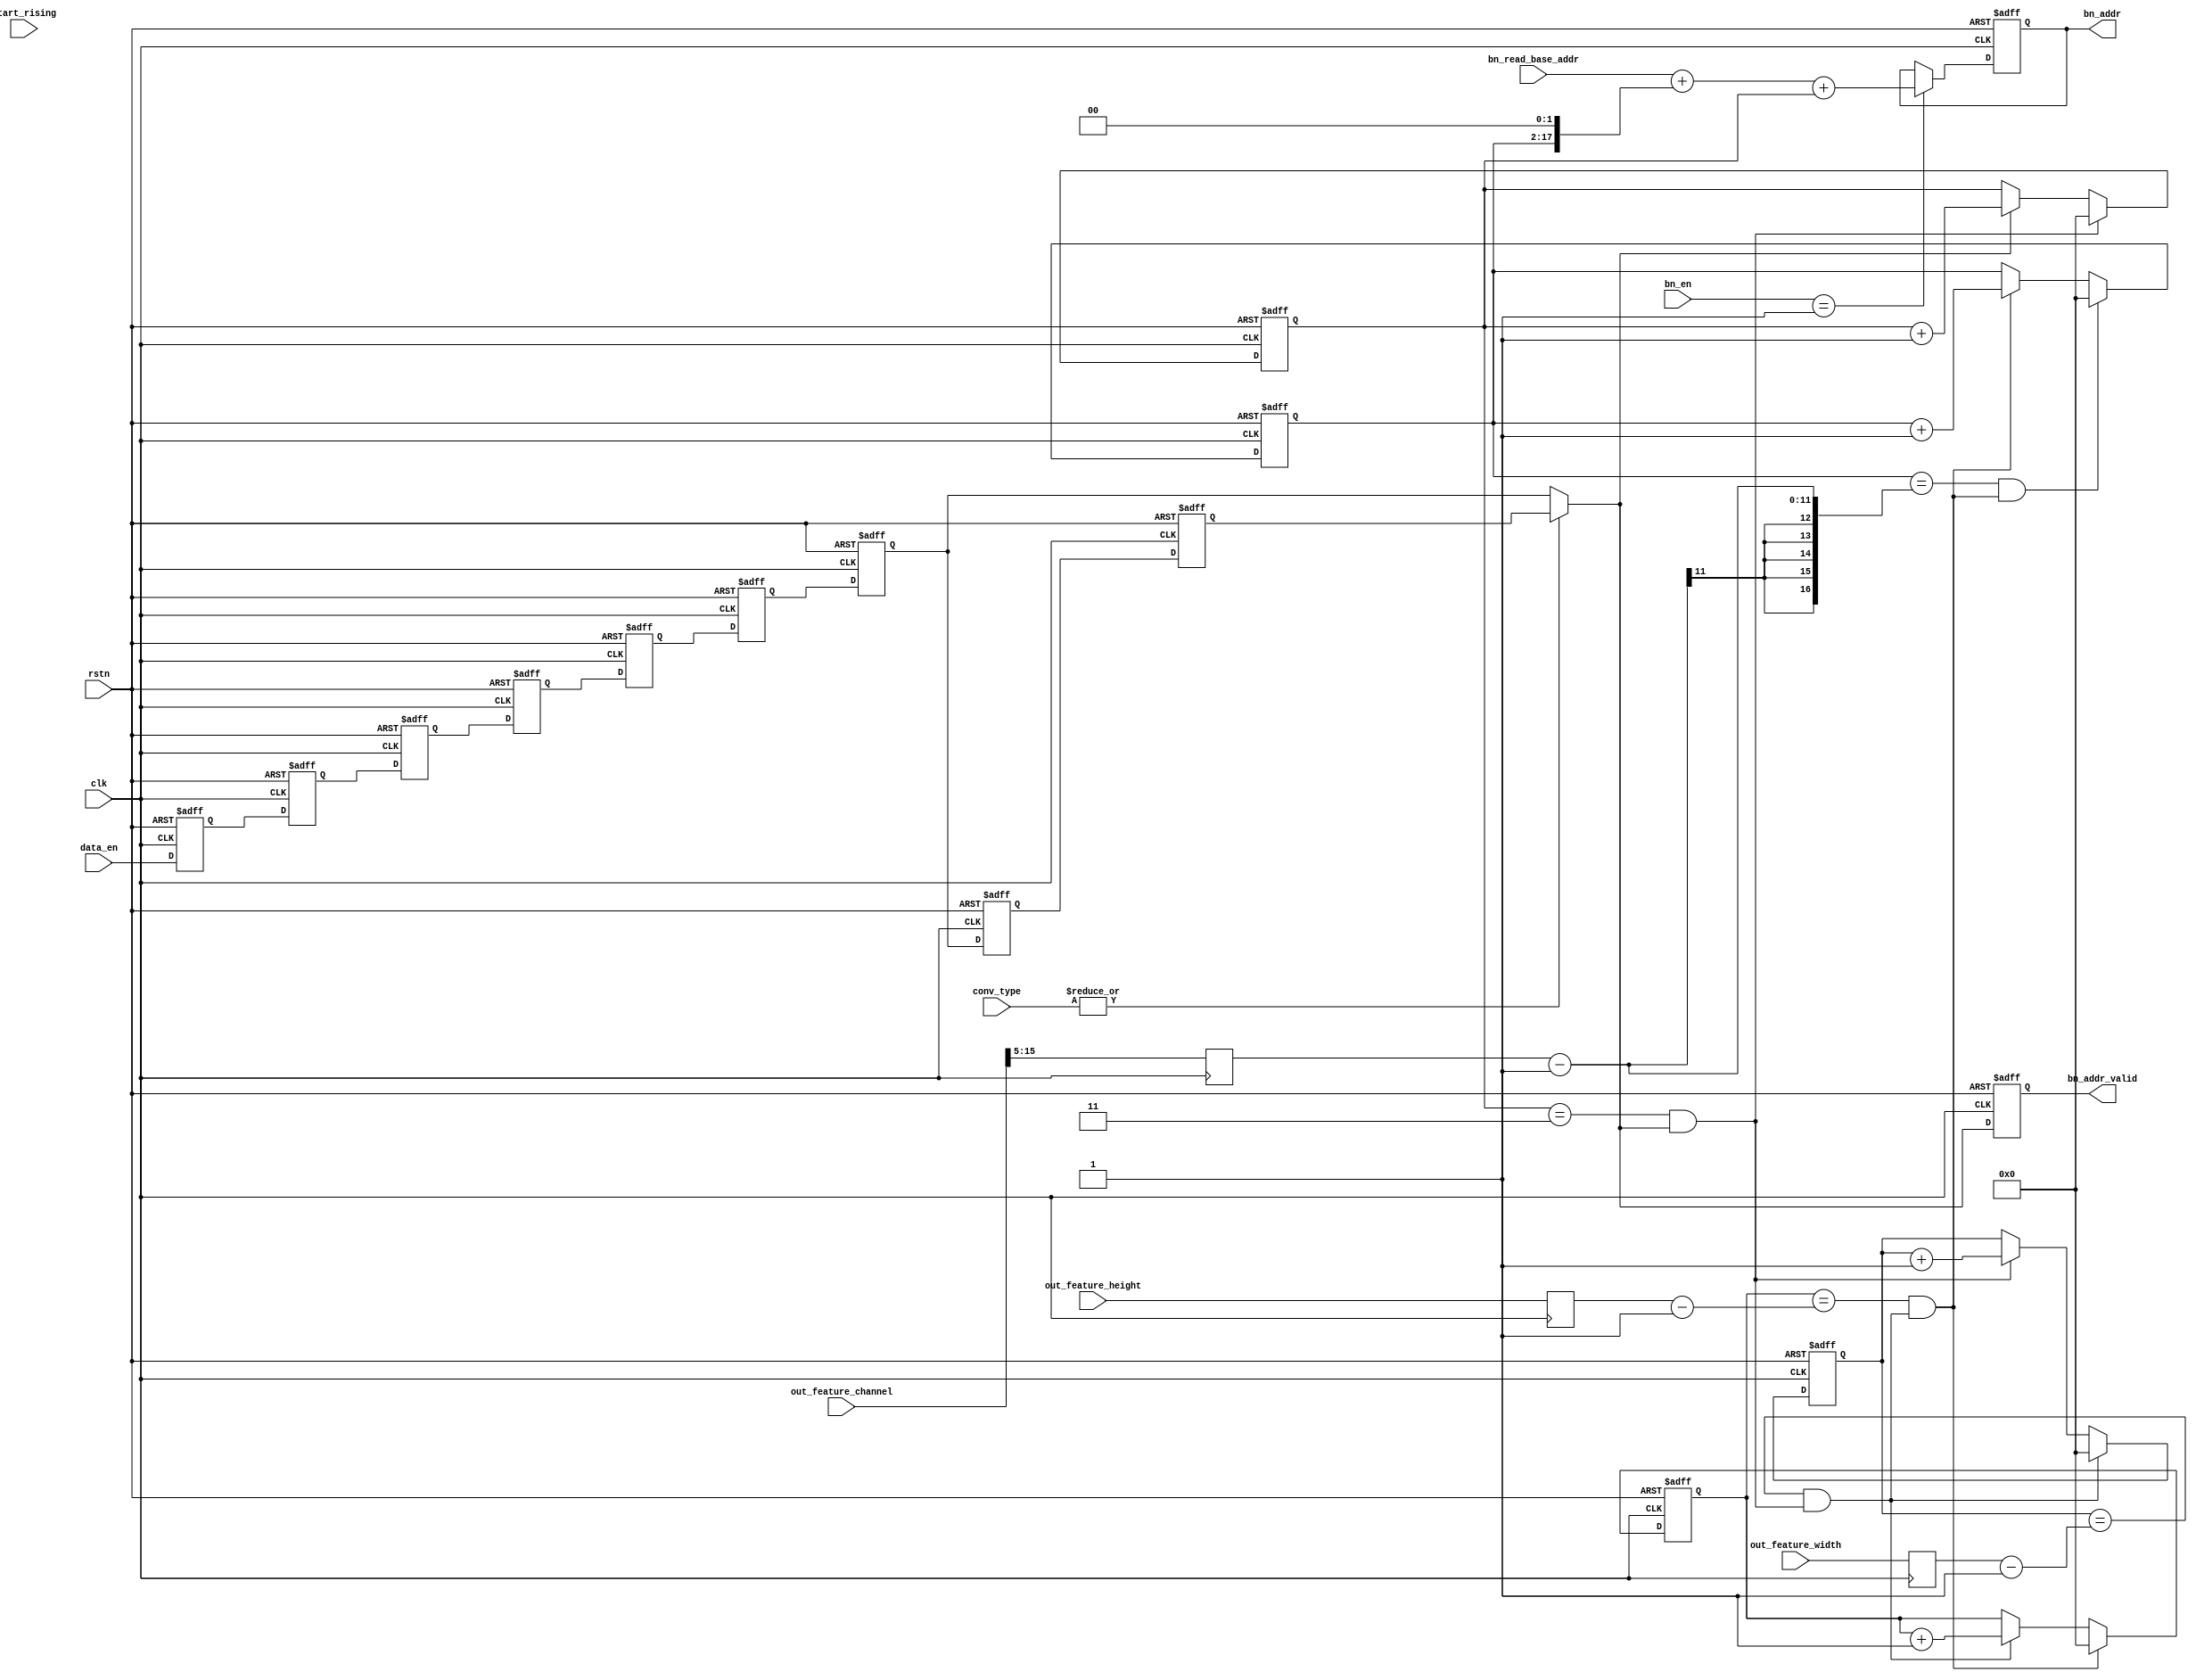
// Generated by stratus_hls 19.10-p100  (91500.011111)
// Tue Jan 26 20:43:32 2021
// from bn_addr_gen.cpp

`timescale 1ps / 1ps

      
module bn_addr_gen(clk, rstn, out_feature_width, out_feature_height, out_feature_channel, bn_read_base_addr, conv_type, bn_en, start_rising, data_en, bn_addr, bn_addr_valid);

      input clk;
      input rstn;
      input [15:0] out_feature_width;
      input [15:0] out_feature_height;
      input [15:0] out_feature_channel;
      input [31:0] bn_read_base_addr;
      input [7:0] conv_type;
      input [7:0] bn_en;
      input start_rising;
      input data_en;
      output [31:0] bn_addr;
      reg [31:0] bn_addr;
      output bn_addr_valid;
      reg bn_addr_valid;
      reg data_en_5d;
      reg data_en_4d;
      reg data_en_3d;
      reg data_en_2d;
      reg data_en_1d;
      reg data_en_8d;
      reg data_en_6d;
      reg data_en_7d;
      reg data_en_9d;
      wire bn_addr_gen_Eqi3u16_1_4_out1;
      wire bn_addr_gen_OrReduction_8U_1U_1_3_out1;
      reg[15:0] bn_addr_gen_MuxAdd2i1u16u16u1_4_7_out1;
      reg[15:0] bn_addr_gen_Muxi0u16u1_4_8_out1;
      wire bn_addr_gen_EqSubi1u16u16_1_9_out1;
      reg[15:0] bn_addr_gen_MuxAdd2i1u16u16u1_4_11_out1;
      wire bn_addr_gen_And_1Ux1U_1U_1_5_out1;
      reg[15:0] bn_addr_gen_Muxi0u16u1_4_12_out1;
      reg[15:0] ox_cnt;
      wire bn_addr_gen_EqSubi1u16u16_1_13_out1;
      reg[15:0] bn_addr_gen_MuxAdd2i1u16u16u1_1_15_out1;
      wire bn_addr_gen_And_1Ux1U_1U_1_10_out1;
      reg[15:0] bn_addr_gen_Muxi0u16u1_4_16_out1;
      reg[15:0] oy_cnt;
      wire bn_addr_gen_EqSubi1u16u16_1_17_out1;
      wire bn_addr_gen_And_1Ux1U_1U_1_18_out1;
      reg[15:0] bn_addr_gen_MuxAdd2i1u16u16u1_1_19_out1;
      wire bn_addr_gen_And_1Ux1U_1U_1_14_out1;
      reg[15:0] bn_addr_gen_Muxi0u16u1_4_20_out1;
      reg[10:0] of_cnt_max_slice;
      reg[15:0] oy_cnt_max;
      reg[15:0] ox_cnt_max;
      reg[15:0] valid_cnt;
      reg[15:0] of_cnt;
      wire bn_addr_gen_Equal_8Ux1U_1U_4_1_out1;
      reg[31:0] bn_addr_gen_MuxAdd3u16Cati0u16u32u32u1_1_2_out1;
      reg bn_addr_gen_N_Mux_1_2_7_1_6_out1;

         // rtl_process:bn_addr_gen/drive_bn_addr_valid
         // Sharing or Control mux
         // Sharing/Controlling 2 operation(s) on drive_bn_addr_valid
         // at: bn_addr_gen.h:196:7
         // at: bn_addr_gen.h:203:7
         always @(posedge clk or negedge rstn)
          begin :drive_bn_addr_valid
            if (rstn == 1'b0) begin
               // op:_bn_addr_valid/OP41
               bn_addr_valid <= 1'd0;
            end
            else begin
               // op:_bn_addr_valid/OP43
               bn_addr_valid <= bn_addr_gen_N_Mux_1_2_7_1_6_out1;
            end
         end

         // rtl_process:bn_addr_gen/drive_bn_addr
         // Sharing or Control mux
         // Sharing/Controlling 3 operation(s) on drive_bn_addr
         // at: bn_addr_gen.h:189:7
         // at: bn_addr_gen.h:191:7
         always @(posedge clk or negedge rstn)
          begin :drive_bn_addr
            if (rstn == 1'b0) begin
               // op:_bn_add/OP0
               bn_addr <= 32'd0000000000;
            end
            else begin
               // op:_bn_add/OP9
               bn_addr <= bn_addr_gen_MuxAdd3u16Cati0u16u32u32u1_1_2_out1;
            end
         end

         // rtl_instance:bn_addr_gen/bn_addr_gen_Equal_8Ux1U_1U_4_1
         // Resource=bn_addr_gen_Equal_8Ux1U_1U_4, Function=eq : Inputs=8,1 Outputs=1
         // Implements 1 operation(s)
         // at: bn_addr_gen.h:190:14
         assign bn_addr_gen_Equal_8Ux1U_1U_4_1_out1 = bn_en == 8'd001;

         // rtl_instance:bn_addr_gen/bn_addr_gen_MuxAdd3u16Cati0u16u32u32u1_1
         always @(bn_addr or bn_read_base_addr or valid_cnt or of_cnt or bn_addr_gen_Equal_8Ux1U_1U_4_1_out1)
          begin :bn_addr_gen_MuxAdd3u16Cati0u16u32u32u1_1_2
            if (bn_addr_gen_Equal_8Ux1U_1U_4_1_out1) begin
               bn_addr_gen_MuxAdd3u16Cati0u16u32u32u1_1_2_out1 = bn_read_base_addr + {{14'b00000000000000, of_cnt}, 2'd0} + {16'b0000000000000000, valid_cnt};
            end
            else begin
               bn_addr_gen_MuxAdd3u16Cati0u16u32u32u1_1_2_out1 = bn_addr;
            end
         end

         // rtl_process:bn_addr_gen/drive_ox_cnt_max
         // Sharing or Control mux
         // Sharing/Controlling 2 operation(s) on drive_ox_cnt_max
         // at: bn_addr_gen.h:181:5
         // at: bn_addr_gen.h:140:56
         always @(posedge clk)
          begin :drive_ox_cnt_max
            // op:_set_max_num/OP22
            ox_cnt_max <= out_feature_width;
         end

         // rtl_process:bn_addr_gen/drive_oy_cnt_max
         // Sharing or Control mux
         // Sharing/Controlling 2 operation(s) on drive_oy_cnt_max
         // at: bn_addr_gen.h:182:5
         // at: bn_addr_gen.h:154:56
         always @(posedge clk)
          begin :drive_oy_cnt_max
            // op:_set_max_num/OP21
            oy_cnt_max <= out_feature_height;
         end

         // rtl_process:bn_addr_gen/drive_of_cnt_max_slice
         // Sharing or Control mux
         // Sharing/Controlling 2 operation(s) on drive_of_cnt_max_slice
         // at: bn_addr_gen.h:184:5
         // at: bn_addr_gen.h:168:56
         always @(posedge clk)
          begin :drive_of_cnt_max_slice
            // op:_set_max_num/OP20
            of_cnt_max_slice <= out_feature_channel[15:5];
         end

         // rtl_process:bn_addr_gen/drive_of_cnt
         // Sharing or Control mux
         // Sharing/Controlling 3 operation(s) on drive_of_cnt
         // at: bn_addr_gen.h:177:7
         // at: bn_addr_gen.h:173:7
         always @(posedge clk or negedge rstn)
          begin :drive_of_cnt
            if (rstn == 1'b0) begin
               // op:_of_counter/OP119
               of_cnt <= 16'd00000;
            end
            else begin
               // op:_of_counter/OP126
               of_cnt <= bn_addr_gen_Muxi0u16u1_4_20_out1;
            end
         end

         // rtl_instance:bn_addr_gen/bn_addr_gen_MuxAdd2i1u16u16u1_1
         always @(of_cnt or bn_addr_gen_And_1Ux1U_1U_1_14_out1)
          begin :bn_addr_gen_MuxAdd2i1u16u16u1_1_19
            if (bn_addr_gen_And_1Ux1U_1U_1_14_out1) begin
               bn_addr_gen_MuxAdd2i1u16u16u1_1_19_out1 = of_cnt + 16'd00001;
            end
            else begin
               bn_addr_gen_MuxAdd2i1u16u16u1_1_19_out1 = of_cnt;
            end
         end

         // rtl_instance:bn_addr_gen/bn_addr_gen_Muxi0u16u1_4
         always @(bn_addr_gen_And_1Ux1U_1U_1_18_out1 or bn_addr_gen_MuxAdd2i1u16u16u1_1_19_out1)
          begin :bn_addr_gen_Muxi0u16u1_4_20
            if (bn_addr_gen_And_1Ux1U_1U_1_18_out1) begin
               bn_addr_gen_Muxi0u16u1_4_20_out1 = 16'd00000;
            end
            else begin
               bn_addr_gen_Muxi0u16u1_4_20_out1 = bn_addr_gen_MuxAdd2i1u16u16u1_1_19_out1;
            end
         end

         // rtl_instance:bn_addr_gen/bn_addr_gen_EqSubi1u16u16_1_17
         // Resource=bn_addr_gen_EqSubi1u16u16_1, Function=sub eq : Inputs=16,16 Outputs=1
         // Implements 1 operation(s)
         // at: bn_addr_gen.h:168:53
         assign bn_addr_gen_EqSubi1u16u16_1_17_out1 = {1'b0, of_cnt} == {6'd00, of_cnt_max_slice} - 17'd000001;

         // rtl_instance:bn_addr_gen/bn_addr_gen_And_1Ux1U_1U_1_18
         // Resource=bn_addr_gen_And_1Ux1U_1U_1, Function=and : Inputs=1,1 Outputs=1
         // Implements 1 operation(s)
         // at: bn_addr_gen.h:168:35
         assign bn_addr_gen_And_1Ux1U_1U_1_18_out1 = bn_addr_gen_EqSubi1u16u16_1_17_out1 & bn_addr_gen_And_1Ux1U_1U_1_14_out1;

         // rtl_process:bn_addr_gen/drive_oy_cnt
         // Sharing or Control mux
         // Sharing/Controlling 4 operation(s) on drive_oy_cnt
         // at: bn_addr_gen.h:154:39
         // at: bn_addr_gen.h:159:7
         // at: bn_addr_gen.h:163:7
         always @(posedge clk or negedge rstn)
          begin :drive_oy_cnt
            if (rstn == 1'b0) begin
               // op:_oy_counter/OP94
               oy_cnt <= 16'd00000;
            end
            else begin
               // op:_oy_counter/OP101
               oy_cnt <= bn_addr_gen_Muxi0u16u1_4_16_out1;
            end
         end

         // rtl_instance:bn_addr_gen/bn_addr_gen_MuxAdd2i1u16u16u1_1
         always @(oy_cnt or bn_addr_gen_And_1Ux1U_1U_1_10_out1)
          begin :bn_addr_gen_MuxAdd2i1u16u16u1_1_15
            if (bn_addr_gen_And_1Ux1U_1U_1_10_out1) begin
               bn_addr_gen_MuxAdd2i1u16u16u1_1_15_out1 = oy_cnt + 16'd00001;
            end
            else begin
               bn_addr_gen_MuxAdd2i1u16u16u1_1_15_out1 = oy_cnt;
            end
         end

         // rtl_instance:bn_addr_gen/bn_addr_gen_Muxi0u16u1_4
         always @(bn_addr_gen_And_1Ux1U_1U_1_14_out1 or bn_addr_gen_MuxAdd2i1u16u16u1_1_15_out1)
          begin :bn_addr_gen_Muxi0u16u1_4_16
            if (bn_addr_gen_And_1Ux1U_1U_1_14_out1) begin
               bn_addr_gen_Muxi0u16u1_4_16_out1 = 16'd00000;
            end
            else begin
               bn_addr_gen_Muxi0u16u1_4_16_out1 = bn_addr_gen_MuxAdd2i1u16u16u1_1_15_out1;
            end
         end

         // rtl_instance:bn_addr_gen/bn_addr_gen_EqSubi1u16u16_1_13
         // Resource=bn_addr_gen_EqSubi1u16u16_1, Function=sub eq : Inputs=16,16 Outputs=1
         // Implements 1 operation(s)
         // at: bn_addr_gen.h:154:53
         assign bn_addr_gen_EqSubi1u16u16_1_13_out1 = {1'b0, oy_cnt} == {1'b0, oy_cnt_max} - 17'd000001;

         // rtl_instance:bn_addr_gen/bn_addr_gen_And_1Ux1U_1U_1_14
         // Resource=bn_addr_gen_And_1Ux1U_1U_1, Function=and : Inputs=1,1 Outputs=1
         // Implements 1 operation(s)
         // at: bn_addr_gen.h:154:35
         assign bn_addr_gen_And_1Ux1U_1U_1_14_out1 = bn_addr_gen_EqSubi1u16u16_1_13_out1 & bn_addr_gen_And_1Ux1U_1U_1_10_out1;

         // rtl_process:bn_addr_gen/drive_ox_cnt
         // Sharing or Control mux
         // Sharing/Controlling 4 operation(s) on drive_ox_cnt
         // at: bn_addr_gen.h:140:39
         // at: bn_addr_gen.h:145:7
         // at: bn_addr_gen.h:149:7
         always @(posedge clk or negedge rstn)
          begin :drive_ox_cnt
            if (rstn == 1'b0) begin
               // op:_ox_counter/OP69
               ox_cnt <= 16'd00000;
            end
            else begin
               // op:_ox_counter/OP76
               ox_cnt <= bn_addr_gen_Muxi0u16u1_4_12_out1;
            end
         end

         // rtl_instance:bn_addr_gen/bn_addr_gen_MuxAdd2i1u16u16u1_4
         always @(ox_cnt or bn_addr_gen_And_1Ux1U_1U_1_5_out1)
          begin :bn_addr_gen_MuxAdd2i1u16u16u1_4_11
            if (bn_addr_gen_And_1Ux1U_1U_1_5_out1) begin
               bn_addr_gen_MuxAdd2i1u16u16u1_4_11_out1 = ox_cnt + 16'd00001;
            end
            else begin
               bn_addr_gen_MuxAdd2i1u16u16u1_4_11_out1 = ox_cnt;
            end
         end

         // rtl_instance:bn_addr_gen/bn_addr_gen_Muxi0u16u1_4
         always @(bn_addr_gen_And_1Ux1U_1U_1_10_out1 or bn_addr_gen_MuxAdd2i1u16u16u1_4_11_out1)
          begin :bn_addr_gen_Muxi0u16u1_4_12
            if (bn_addr_gen_And_1Ux1U_1U_1_10_out1) begin
               bn_addr_gen_Muxi0u16u1_4_12_out1 = 16'd00000;
            end
            else begin
               bn_addr_gen_Muxi0u16u1_4_12_out1 = bn_addr_gen_MuxAdd2i1u16u16u1_4_11_out1;
            end
         end

         // rtl_instance:bn_addr_gen/bn_addr_gen_EqSubi1u16u16_1_9
         // Resource=bn_addr_gen_EqSubi1u16u16_1, Function=sub eq : Inputs=16,16 Outputs=1
         // Implements 1 operation(s)
         // at: bn_addr_gen.h:140:53
         assign bn_addr_gen_EqSubi1u16u16_1_9_out1 = {1'b0, ox_cnt} == {1'b0, ox_cnt_max} - 17'd000001;

         // rtl_instance:bn_addr_gen/bn_addr_gen_And_1Ux1U_1U_1_10
         // Resource=bn_addr_gen_And_1Ux1U_1U_1, Function=and : Inputs=1,1 Outputs=1
         // Implements 1 operation(s)
         // at: bn_addr_gen.h:140:35
         assign bn_addr_gen_And_1Ux1U_1U_1_10_out1 = bn_addr_gen_EqSubi1u16u16_1_9_out1 & bn_addr_gen_And_1Ux1U_1U_1_5_out1;

         // rtl_process:bn_addr_gen/drive_valid_cnt
         // Sharing or Control mux
         // Sharing/Controlling 3 operation(s) on drive_valid_cnt
         // at: bn_addr_gen.h:134:7
         // at: bn_addr_gen.h:130:7
         always @(posedge clk or negedge rstn)
          begin :drive_valid_cnt
            if (rstn == 1'b0) begin
               // op:_valid_counter/OP44
               valid_cnt <= 16'd00000;
            end
            else begin
               // op:_valid_counter/OP51
               valid_cnt <= bn_addr_gen_Muxi0u16u1_4_8_out1;
            end
         end

         // rtl_instance:bn_addr_gen/bn_addr_gen_MuxAdd2i1u16u16u1_4
         always @(valid_cnt or bn_addr_gen_N_Mux_1_2_7_1_6_out1)
          begin :bn_addr_gen_MuxAdd2i1u16u16u1_4_7
            if (bn_addr_gen_N_Mux_1_2_7_1_6_out1) begin
               bn_addr_gen_MuxAdd2i1u16u16u1_4_7_out1 = valid_cnt + 16'd00001;
            end
            else begin
               bn_addr_gen_MuxAdd2i1u16u16u1_4_7_out1 = valid_cnt;
            end
         end

         // rtl_instance:bn_addr_gen/bn_addr_gen_Muxi0u16u1_4
         always @(bn_addr_gen_And_1Ux1U_1U_1_5_out1 or bn_addr_gen_MuxAdd2i1u16u16u1_4_7_out1)
          begin :bn_addr_gen_Muxi0u16u1_4_8
            if (bn_addr_gen_And_1Ux1U_1U_1_5_out1) begin
               bn_addr_gen_Muxi0u16u1_4_8_out1 = 16'd00000;
            end
            else begin
               bn_addr_gen_Muxi0u16u1_4_8_out1 = bn_addr_gen_MuxAdd2i1u16u16u1_4_7_out1;
            end
         end

         // rtl_instance:bn_addr_gen/bn_addr_gen_OrReduction_8U_1U_1_3
         // Resource=bn_addr_gen_OrReduction_8U_1U_1, Function=or : Inputs=8 Outputs=1
         // Implements 1 operation(s)
         // at: bn_addr_gen.h:116:8
         assign bn_addr_gen_OrReduction_8U_1U_1_3_out1 = (|conv_type);

         // rtl_instance:bn_addr_gen/bn_addr_gen_Eqi3u16_1_4
         // Resource=bn_addr_gen_Eqi3u16_1, Function=eq : Inputs=16 Outputs=1
         // Implements 1 operation(s)
         // at: bn_addr_gen.h:125:70
         assign bn_addr_gen_Eqi3u16_1_4_out1 = valid_cnt == 16'd00003;

         // rtl_instance:bn_addr_gen/bn_addr_gen_And_1Ux1U_1U_1_5
         // Resource=bn_addr_gen_And_1Ux1U_1U_1, Function=and : Inputs=1,1 Outputs=1
         // Implements 1 operation(s)
         // at: bn_addr_gen.h:125:49
         assign bn_addr_gen_And_1Ux1U_1U_1_5_out1 = bn_addr_gen_Eqi3u16_1_4_out1 & bn_addr_gen_N_Mux_1_2_7_1_6_out1;

         // rtl_instance:bn_addr_gen/bn_addr_gen_N_Mux_1_2_7_1
         always @(data_en_7d or data_en_9d or bn_addr_gen_OrReduction_8U_1U_1_3_out1)
          begin :bn_addr_gen_N_Mux_1_2_7_1_6
            if (bn_addr_gen_OrReduction_8U_1U_1_3_out1) begin
               bn_addr_gen_N_Mux_1_2_7_1_6_out1 = data_en_9d;
            end
            else begin
               bn_addr_gen_N_Mux_1_2_7_1_6_out1 = data_en_7d;
            end
         end

         // rtl_process:bn_addr_gen/drive_data_en_7d
         // Sharing or Control mux
         // Sharing/Controlling 4 operation(s) on drive_data_en_7d
         // at: bn_addr_gen.h:119:25
         // at: bn_addr_gen.h:75:7
         // at: bn_addr_gen.h:95:7
         always @(posedge clk or negedge rstn)
          begin :drive_data_en_7d
            if (rstn == 1'b0) begin
               // op:_delay/OP144
               data_en_7d <= 1'b0;
            end
            else begin
               // op:_delay/OP189
               data_en_7d <= data_en_6d;
            end
         end

         // rtl_process:bn_addr_gen/drive_data_en_9d
         // Sharing or Control mux
         // Sharing/Controlling 4 operation(s) on drive_data_en_9d
         // at: bn_addr_gen.h:122:25
         // at: bn_addr_gen.h:77:7
         // at: bn_addr_gen.h:97:7
         always @(posedge clk or negedge rstn)
          begin :drive_data_en_9d
            if (rstn == 1'b0) begin
               // op:_delay/OP146
               data_en_9d <= 1'b0;
            end
            else begin
               // op:_delay/OP187
               data_en_9d <= data_en_8d;
            end
         end

         // rtl_process:bn_addr_gen/drive_data_en_1d
         // Sharing or Control mux
         // Sharing/Controlling 4 operation(s) on drive_data_en_1d
         // at: bn_addr_gen.h:69:7
         // at: bn_addr_gen.h:89:7
         // at: bn_addr_gen.h:90:20
         always @(posedge clk or negedge rstn)
          begin :drive_data_en_1d
            if (rstn == 1'b0) begin
               // op:_delay/OP138
               data_en_1d <= 1'b0;
            end
            else begin
               // op:_delay/OP195
               data_en_1d <= data_en;
            end
         end

         // rtl_process:bn_addr_gen/drive_data_en_2d
         // Sharing or Control mux
         // Sharing/Controlling 4 operation(s) on drive_data_en_2d
         // at: bn_addr_gen.h:70:7
         // at: bn_addr_gen.h:90:7
         // at: bn_addr_gen.h:91:20
         always @(posedge clk or negedge rstn)
          begin :drive_data_en_2d
            if (rstn == 1'b0) begin
               // op:_delay/OP139
               data_en_2d <= 1'b0;
            end
            else begin
               // op:_delay/OP194
               data_en_2d <= data_en_1d;
            end
         end

         // rtl_process:bn_addr_gen/drive_data_en_3d
         // Sharing or Control mux
         // Sharing/Controlling 4 operation(s) on drive_data_en_3d
         // at: bn_addr_gen.h:71:7
         // at: bn_addr_gen.h:91:7
         // at: bn_addr_gen.h:92:20
         always @(posedge clk or negedge rstn)
          begin :drive_data_en_3d
            if (rstn == 1'b0) begin
               // op:_delay/OP140
               data_en_3d <= 1'b0;
            end
            else begin
               // op:_delay/OP193
               data_en_3d <= data_en_2d;
            end
         end

         // rtl_process:bn_addr_gen/drive_data_en_4d
         // Sharing or Control mux
         // Sharing/Controlling 4 operation(s) on drive_data_en_4d
         // at: bn_addr_gen.h:72:7
         // at: bn_addr_gen.h:92:7
         // at: bn_addr_gen.h:93:20
         always @(posedge clk or negedge rstn)
          begin :drive_data_en_4d
            if (rstn == 1'b0) begin
               // op:_delay/OP141
               data_en_4d <= 1'b0;
            end
            else begin
               // op:_delay/OP192
               data_en_4d <= data_en_3d;
            end
         end

         // rtl_process:bn_addr_gen/drive_data_en_5d
         // Sharing or Control mux
         // Sharing/Controlling 4 operation(s) on drive_data_en_5d
         // at: bn_addr_gen.h:73:7
         // at: bn_addr_gen.h:93:7
         // at: bn_addr_gen.h:94:20
         always @(posedge clk or negedge rstn)
          begin :drive_data_en_5d
            if (rstn == 1'b0) begin
               // op:_delay/OP142
               data_en_5d <= 1'b0;
            end
            else begin
               // op:_delay/OP191
               data_en_5d <= data_en_4d;
            end
         end

         // rtl_process:bn_addr_gen/drive_data_en_6d
         // Sharing or Control mux
         // Sharing/Controlling 4 operation(s) on drive_data_en_6d
         // at: bn_addr_gen.h:74:7
         // at: bn_addr_gen.h:94:7
         // at: bn_addr_gen.h:95:20
         always @(posedge clk or negedge rstn)
          begin :drive_data_en_6d
            if (rstn == 1'b0) begin
               // op:_delay/OP143
               data_en_6d <= 1'b0;
            end
            else begin
               // op:_delay/OP190
               data_en_6d <= data_en_5d;
            end
         end

         // rtl_process:bn_addr_gen/drive_data_en_8d
         // Sharing or Control mux
         // Sharing/Controlling 4 operation(s) on drive_data_en_8d
         // at: bn_addr_gen.h:76:7
         // at: bn_addr_gen.h:96:7
         // at: bn_addr_gen.h:97:20
         always @(posedge clk or negedge rstn)
          begin :drive_data_en_8d
            if (rstn == 1'b0) begin
               // op:_delay/OP145
               data_en_8d <= 1'b0;
            end
            else begin
               // op:_delay/OP188
               data_en_8d <= data_en_7d;
            end
         end


endmodule